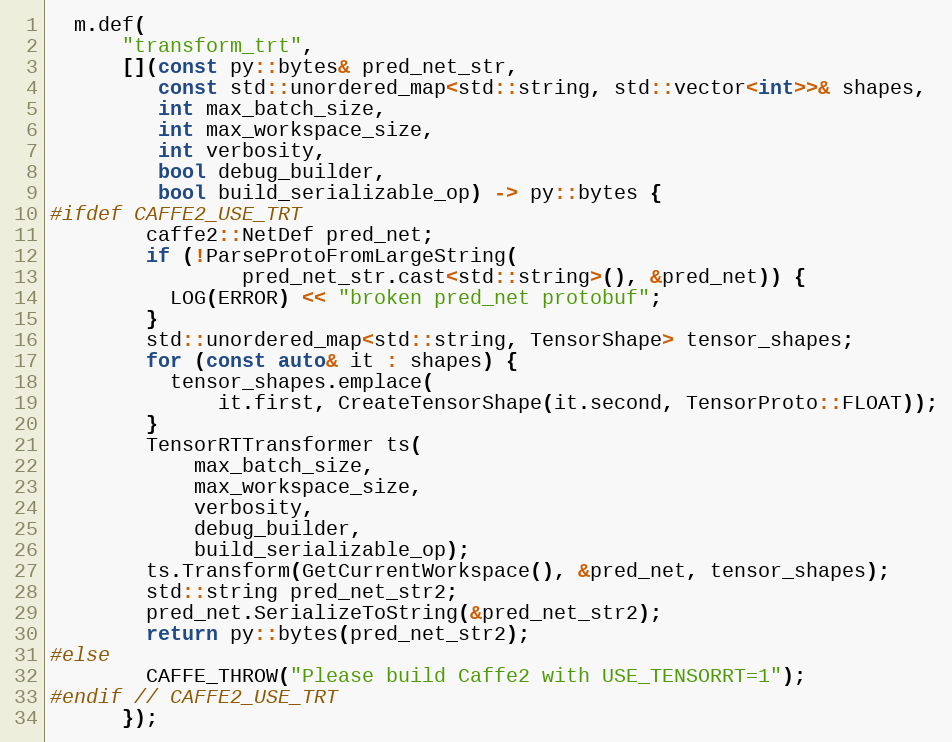
Language: C++
  m.def(
      "transform_trt",
      [](const py::bytes& pred_net_str,
         const std::unordered_map<std::string, std::vector<int>>& shapes,
         int max_batch_size,
         int max_workspace_size,
         int verbosity,
         bool debug_builder,
         bool build_serializable_op) -> py::bytes {
#ifdef CAFFE2_USE_TRT
        caffe2::NetDef pred_net;
        if (!ParseProtoFromLargeString(
                pred_net_str.cast<std::string>(), &pred_net)) {
          LOG(ERROR) << "broken pred_net protobuf";
        }
        std::unordered_map<std::string, TensorShape> tensor_shapes;
        for (const auto& it : shapes) {
          tensor_shapes.emplace(
              it.first, CreateTensorShape(it.second, TensorProto::FLOAT));
        }
        TensorRTTransformer ts(
            max_batch_size,
            max_workspace_size,
            verbosity,
            debug_builder,
            build_serializable_op);
        ts.Transform(GetCurrentWorkspace(), &pred_net, tensor_shapes);
        std::string pred_net_str2;
        pred_net.SerializeToString(&pred_net_str2);
        return py::bytes(pred_net_str2);
#else
        CAFFE_THROW("Please build Caffe2 with USE_TENSORRT=1");
#endif // CAFFE2_USE_TRT
      });